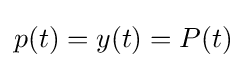
p(t)=y(t)=P(t)